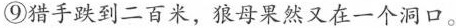
⑨猎手跌到二百米，狼母果然又在一个洞口。